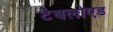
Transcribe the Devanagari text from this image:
टैबलोएड